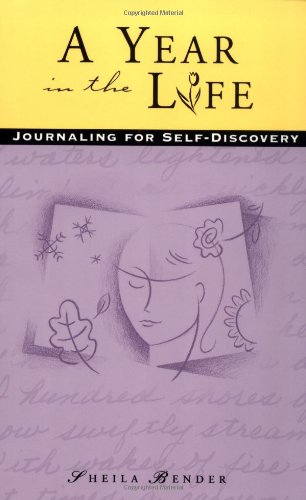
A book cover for A Year in the Life: Journaling for Self-Discovery; Sheila Bender; Self-Help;